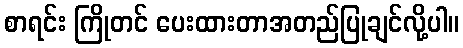
စာရင်း ကြိုတင် ပေးထားတာအတည်ပြုချင်လို့ပါ။